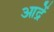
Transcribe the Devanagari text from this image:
आद्रें